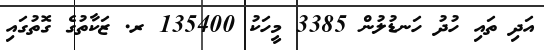
އަދި ތައި ހުދު ހަނޑުލުން 3385 މީހަކު 135400 ރ. ޒަކާތުގެ ގޮތުގައި